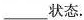
___状态.